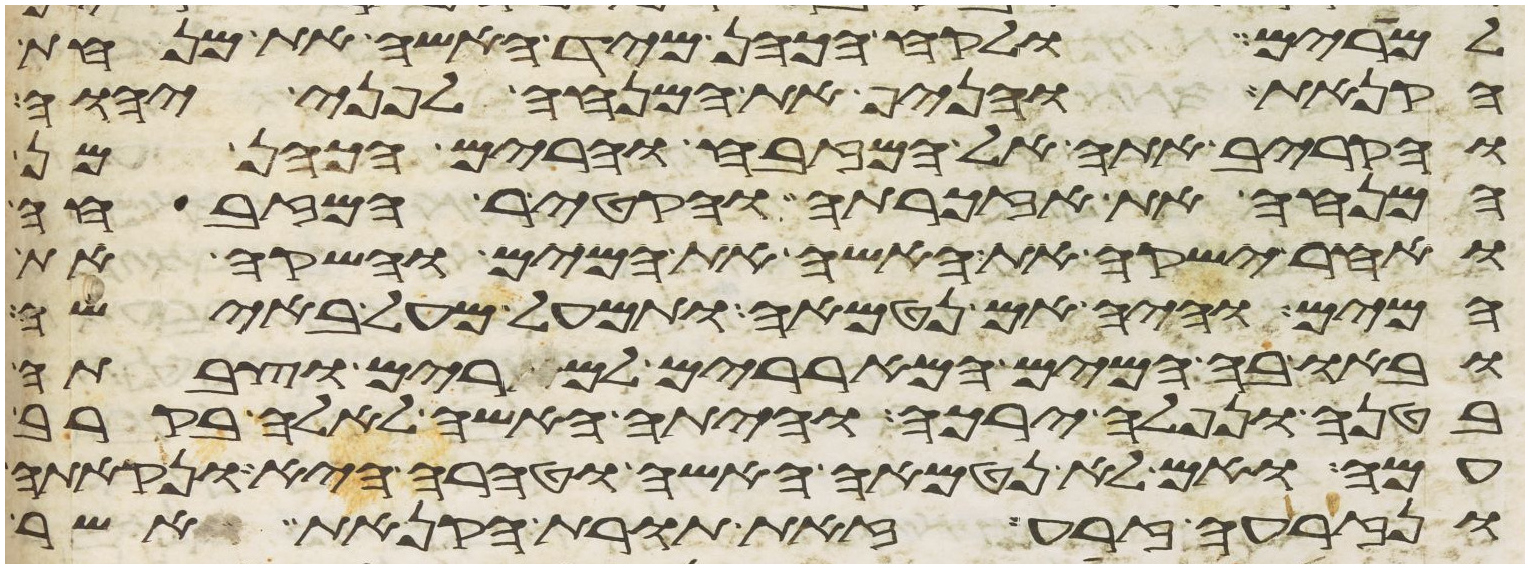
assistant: למרים ולקח הכהן מיד האשה את מנחת
הקנאת והניף את המנחה לפני יהוה
והקריב אתה אל המזבח והרים הכהן מן
המנחה את אזכרתה והקטיר המזבחה
ואחר ישקה את האשה את המים והשקה את
המים והיה אם נטמאה ותמעל מעל באישה
ובאו בה המים המאררים למרים וצבתה
בטנה ונפלה ירכה והיתה האשה לאלה בקרב
עמה ואם לא נטמאה האשה וטהרה היא ונקתה
ונזרעה זרע זאת תורת הקנאת אשר